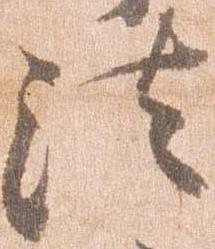
法